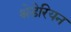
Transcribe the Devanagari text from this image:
श्नेडेरियन